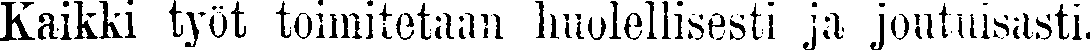
Kaikki työt toimitetaan huolellisesti ja joutuisasti.